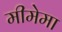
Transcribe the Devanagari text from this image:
मीमेमा